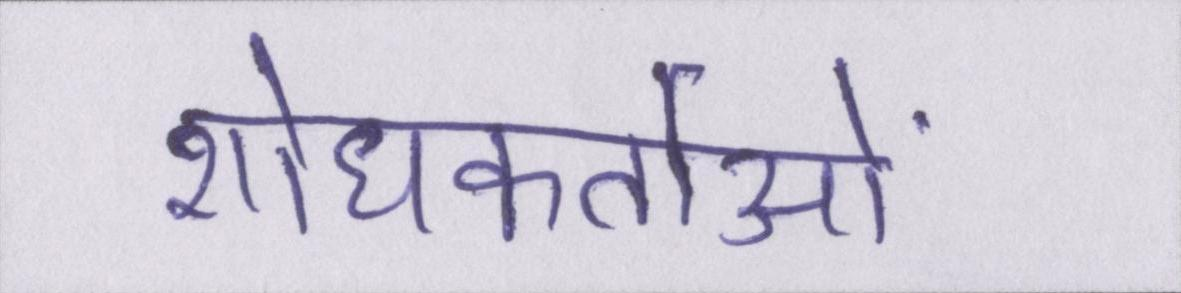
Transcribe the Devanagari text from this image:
शोधकर्ताओं